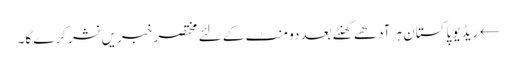
← ریڈیو پاکستان ہر آدھے گھنٹے بعد دو منٹ کے لئے مختصر خبریں نشر کرے گا۔